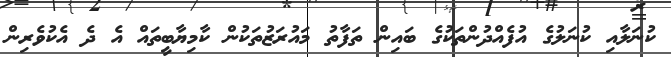
ކުނަލާއި ކުނަލުގެ އުފެއްދުންތަކުގެ ބައިން ތަފާތު މައުރަޒުތަކުން ކާމިޔާބީތައް އެ ދެ އެކުވެރިން